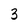
Character: 3